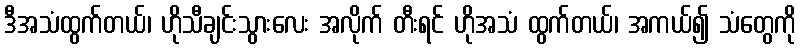
ဒီအသံထွက်တယ်၊ ဟိုသီချင်းသွားလေး အလိုက် တီးရင် ဟိုအသံ ထွက်တယ်၊ အကယ်၍ သံတွေကို